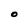
Character: O